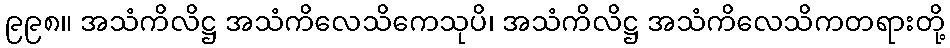
၉၉၈။ အသံကိလိဋ္ဌ အသံကိလေသိကေသုပိ၊ အသံကိလိဋ္ဌ အသံကိလေသိကတရားတို့